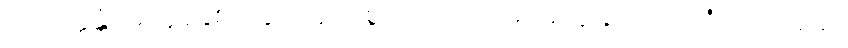
အဘိက္ကန္တံ၊ အလွန်နှစ်လိုဖွယ် ရှိပေစွတကား။ ပ။ မံ၊ အကျွန်ုပ်ကို။ ဘဝံ ဂေါတမော၊